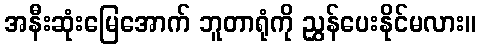
အနီးဆုံးမြေအောက် ဘူတာရုံကို ညွှန်ပေးနိုင်မလား။